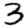
Digit: 3